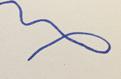
Signature authenticity: forged